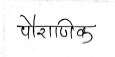
मजकूर: पौराणिक